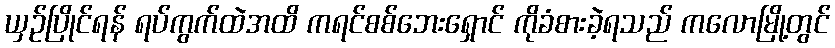
ယှဉ်ပြိုင်ရန် ရပ်ကွက်ထဲအထိ ကရင်စစ်ဘေးရှောင် ကိုခံစားခဲ့ရသည် ကလောမြို့တွင်